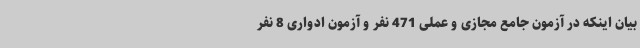
بیان اینکه در آزمون جامع مجازی و عملی 471 نفر و آزمون ادواری 8 نفر